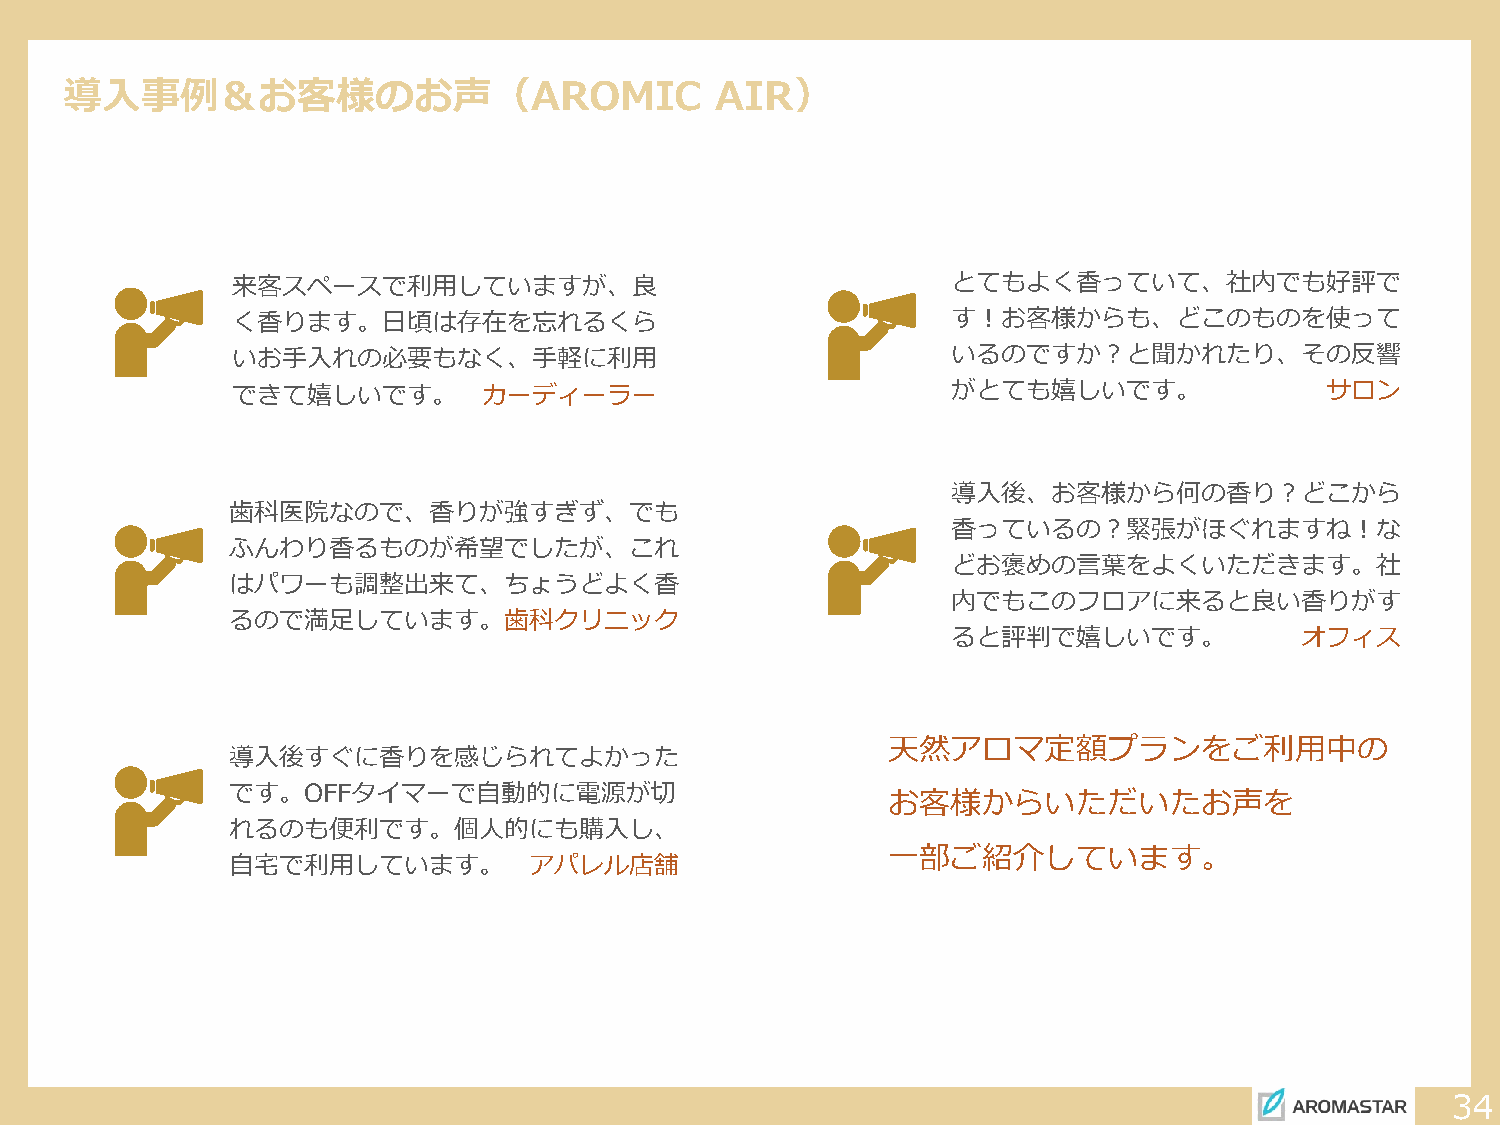
導入事例＆お客様のお声（AROMIC                         AIR）
 来客スペースで利用していますが、良                               とてもよく香っていて、社内でも好評で
 く香ります。日頃は存在を忘れるくら                               す！お客様からも、どこのものを使って
 いお手入れの必要もなく、手軽に利用                               いるのですか？と聞かれたり、その反響
 できて嬉しいです。        カーディーラー                        がとても嬉しいです。               サロン
 導入後、お客様から何の香り？どこから
 歯科医院なので、香りが強すぎず、でも
 香っているの？緊張がほぐれますね！な
 ふんわり香るものが希望でしたが、これ
 どお褒めの言葉をよくいただきます。社
 はパワーも調整出来て、ちょうどよく香
 内でもこのフロアに来ると良い香りがす
 るので満足しています。歯科クリニック
 ると評判で嬉しいです。            オフィス
 天然アロマ定額プランをご利用中の
 導入後すぐに香りを感じられてよかった
 です。OFFタイマーで自動的に電源が切
 お客様からいただいたお声を
 れるのも便利です。個人的にも購入し、
 一部ご紹介しています。
 自宅で利用しています。         アパレル店舗
 34